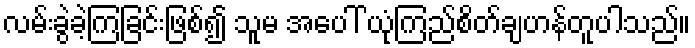
လမ်းခွဲခဲ့ကြခြင်းဖြစ်၍ သူမ အပေါ် ယုံကြည်စိတ်ချဟန်တူပါသည်။